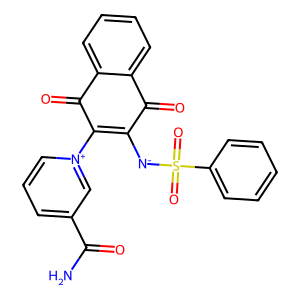
SMILES: NC(=O)c1ccc[n+](C2=C([N-]S(=O)(=O)c3ccccc3)C(=O)c3ccccc3C2=O)c1
Inhibits HIV replication: No